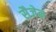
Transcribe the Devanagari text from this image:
सैजेन